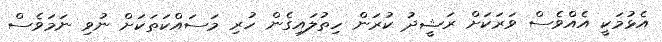
އެޅުމަކީ އެއްވެސް ވަރަކަށް ރަޝީދު ކުރަން ހިތުލައިގެން ހުރި މަސައްކަތަކަށް ނުވި ނަމަވެސް